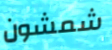
شمشون